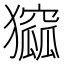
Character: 㺠